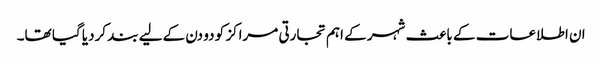
ان اطلاعات کے باعث شہر کے اہم تجارتی مراکز کو دو دن کےلیے بند کردیا گیا تھا۔